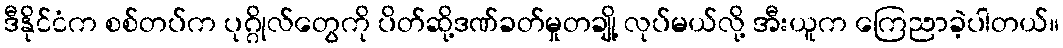
ဒီနိုင်ငံက စစ်တပ်က ပုဂ္ဂိုလ်တွေကို ပိတ်ဆို့ဒဏ်ခတ်မှုတချို့ လုပ်မယ်လို့ အီးယူက ကြေညာခဲ့ပါတယ်။